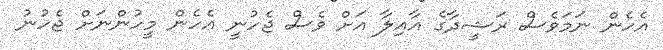
އެހެން ނަމަވެސް ރަޝީދާގެ އާއިލާ އަށް ވެސް ޖެހުނީ އެހެން މީހުންނަށް ޖެހުނު